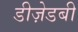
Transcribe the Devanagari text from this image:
डीज़ेडबी